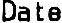
DATE